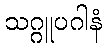
သဂ္ဂူပဂါနံ